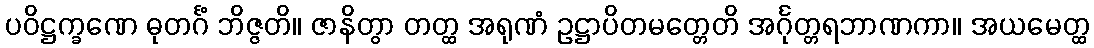
ပဝိဋ္ဌက္ခဏေ ဓုတင်္ဂံ ဘိဇ္ဇတိ။ ဇာနိတွာ တတ္ထ အရုဏံ ဥဋ္ဌာပိတမတ္တေတိ အင်္ဂုတ္တရဘာဏကာ။ အယမေတ္ထ